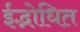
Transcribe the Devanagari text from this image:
ईद्भोधित